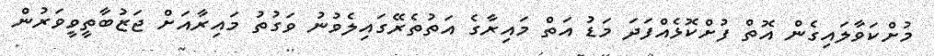
މުށްކަވާލައިގެން އޮތް ފުށްކޮޅެއްފަދަ މަޑު އަތް މައިރާގެ އަތުތެރޭގައިލެވުނު ވަގުތު މައިރާއަށް ޖަޒުބާތީވީވަރުން